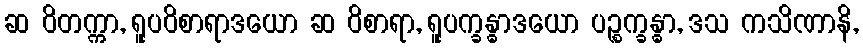
ဆ ဝိတက္ကာ, ရူပဝိစာရာဒယော ဆ ဝိစာရာ, ရူပက္ခန္ဓာဒယော ပဉ္စက္ခန္ဓာ, ဒသ ကသိဏာနိ,